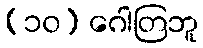
(၁၀) ဂေါတြဘူ